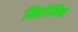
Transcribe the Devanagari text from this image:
मिलेमिन